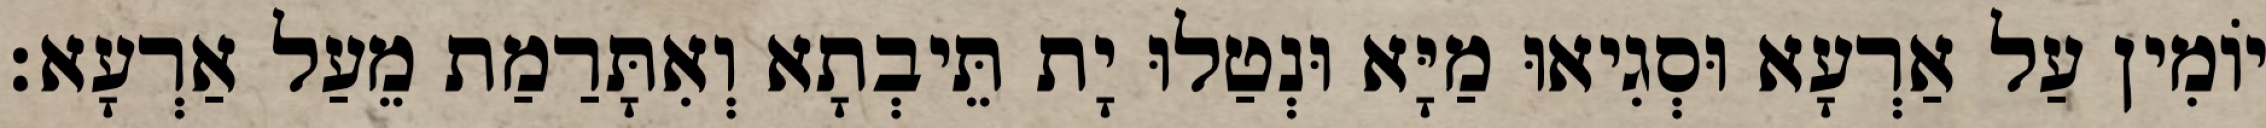
יוֹמִין עַל אַרְעָא וּסְגִיאוּ מַיָּא וּנְטַלוּ יָת תֵּיבְתָא וְאִתָּרַמַת מֵעַל אַרְעָא׃